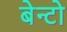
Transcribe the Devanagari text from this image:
बेन्टो